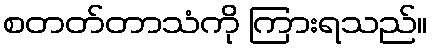
စတတ်တာသံကို ကြားရသည်။